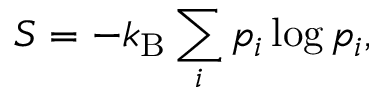
S = - k _ { \mathrm { B } } \sum _ { i } p _ { i } \log p _ { i } ,